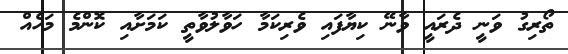
ތޯރިގު ވަނީ ދެރައީ ވާނޭ ކިޔާފައި ވެރިކަމާ ހަވާލުވާތީ ކަމަށާއި ކޮންމެ މަހެއް